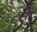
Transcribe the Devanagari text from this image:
र्‍ाौ